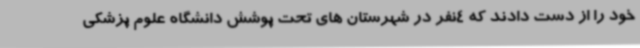
خود را از دست دادند که 4نفر در شهرستان های تحت پوشش دانشگاه علوم پزشکی